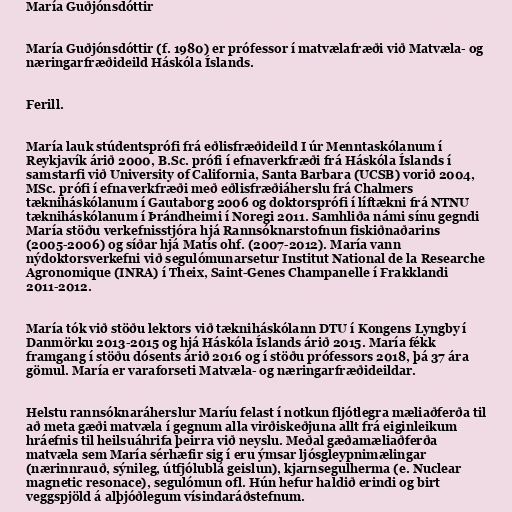
María Guðjónsdóttir

María Guðjónsdóttir (f. 1980) er prófessor í matvælafræði við Matvæla- og
næringarfræðideild Háskóla Íslands.

Ferill.

María lauk stúdentsprófi frá eðlisfræðideild I úr Menntaskólanum í
Reykjavík árið 2000, B.Sc. prófi í efnaverkfræði frá Háskóla Íslands í
samstarfi við University of California, Santa Barbara (UCSB) vorið 2004,
MSc. prófi í efnaverkfræði með eðlisfræðiáherslu frá Chalmers
tækniháskólanum í Gautaborg 2006 og doktorsprófi í líftækni frá NTNU
tækniháskólanum í Þrándheimi í Noregi 2011. Samhliða námi sínu gegndi
María stöðu verkefnisstjóra hjá Rannsóknarstofnun fiskiðnaðarins
(2005-2006) og síðar hjá Matís ohf. (2007-2012). María vann
nýdoktorsverkefni við segulómunarsetur Institut National de la Researche
Agronomique (INRA) í Theix, Saint-Genes Champanelle í Frakklandi
2011-2012.

María tók við stöðu lektors við tækniháskólann DTU í Kongens Lyngby í
Danmörku 2013-2015 og hjá Háskóla Íslands árið 2015. María fékk
framgang í stöðu dósents árið 2016 og í stöðu prófessors 2018, þá 37 ára
gömul. María er varaforseti Matvæla- og næringarfræðideildar.

Helstu rannsóknaráherslur Maríu felast í notkun fljótlegra mæliaðferða til
að meta gæði matvæla í gegnum alla virðiskeðjuna allt frá eiginleikum
hráefnis til heilsuáhrifa þeirra við neyslu. Meðal gæðamæliaðferða
matvæla sem María sérhæfir sig í eru ýmsar ljósgleypnimælingar
(nærinnrauð, sýnileg, útfjólublá geislun), kjarnsegulherma (e. Nuclear
magnetic resonace), segulómun ofl. Hún hefur haldið erindi og birt
veggspjöld á alþjóðlegum vísindaráðstefnum.